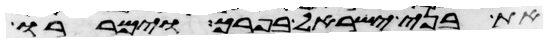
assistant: את בני ישראל בפרך וימררו